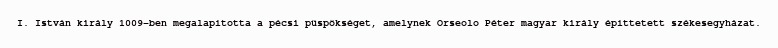
I. István király 1009-ben megalapította a pécsi püspökséget, amelynek Orseolo Péter magyar király építtetett székesegyházat.